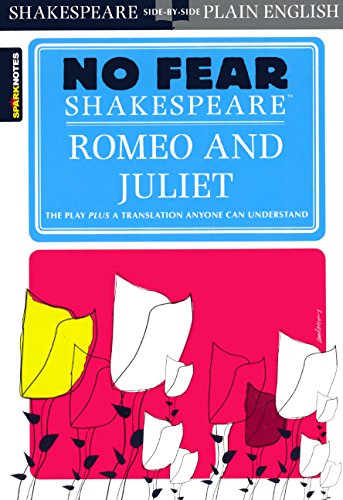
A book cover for Romeo And Juliet (Turtleback School & Library Binding Edition) (Sparknotes No Fear Shakespeare); William Shakespeare; Literature & Fiction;